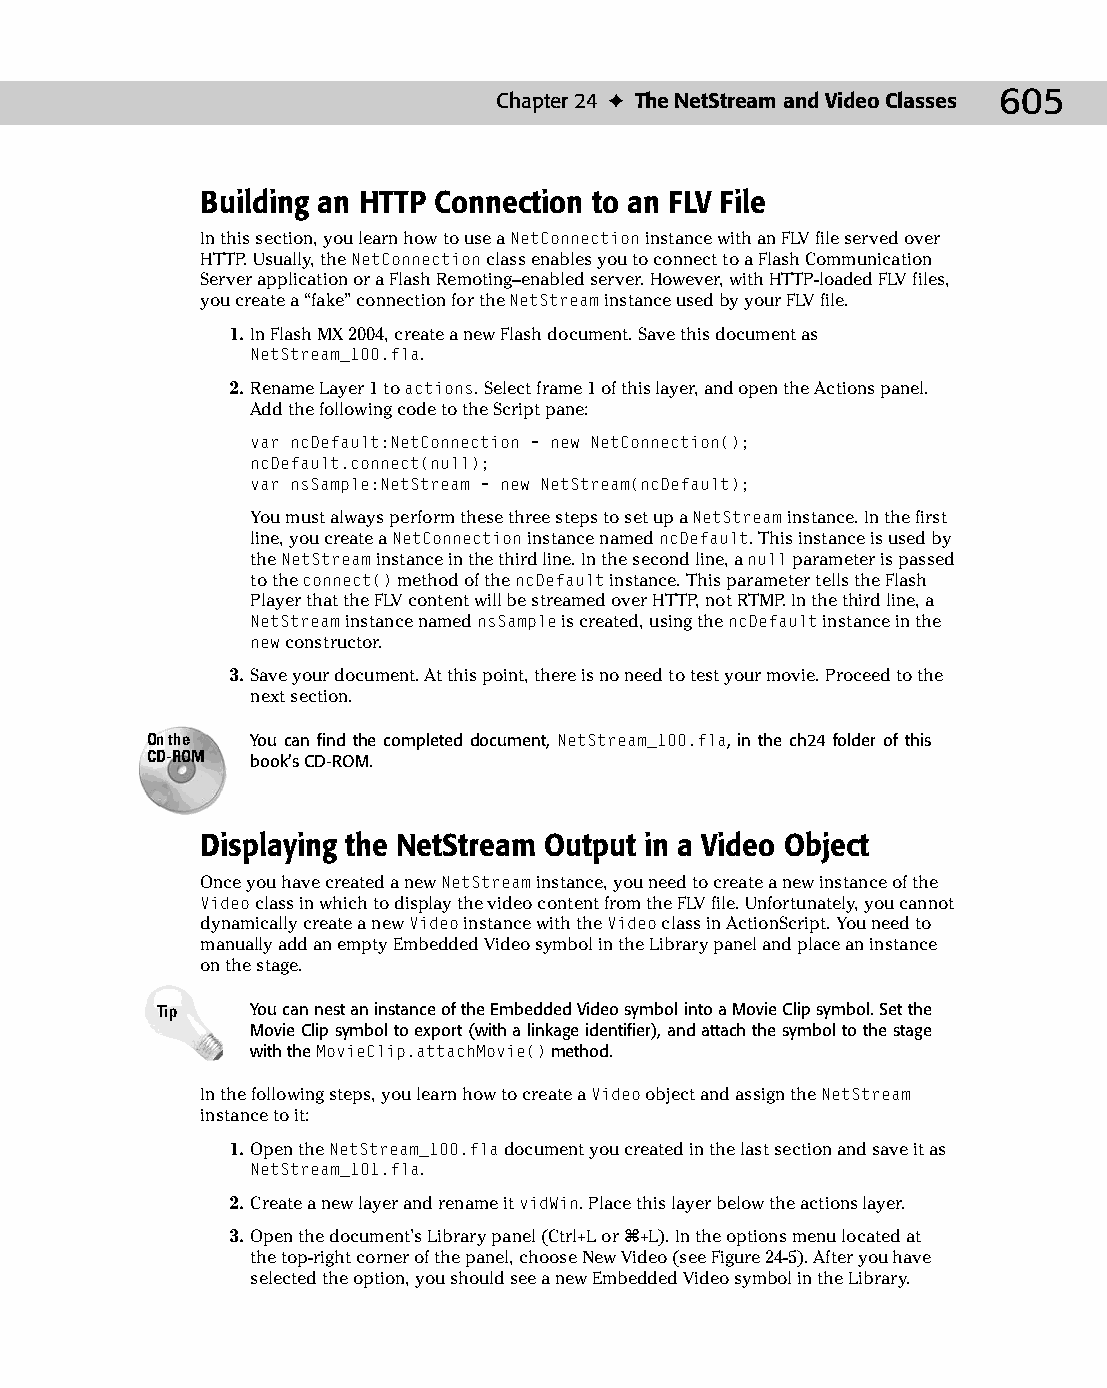
31 543547 ch24.qxd 3/24/04 4:09 PM Page 605
 Chapter 24 ✦ The NetStream and Video Classes 605
 Building an HTTP Connection to an FLV File
 In this section, you learn how to use a NetConnection instance with an FLV file served over
 HTTP. Usually, the NetConnection class enables you to connect to a Flash Communication
 Server application or a Flash Remoting–enabled server. However, with HTTP-loaded FLV files,
 you create a “fake” connection for the NetStream instance used by your FLV file.
 1. In Flash MX 2004, create a new Flash document. Save this document as
 NetStream_100.fla.
 2. Rename Layer 1 to actions. Select frame 1 of this layer, and open the Actions panel.
 Add the following code to the Script pane:
 var ncDefault:NetConnection = new NetConnection();
 ncDefault.connect(null);
 var nsSample:NetStream = new NetStream(ncDefault);
 You must always perform these three steps to set up a NetStream instance. In the first
 line, you create a NetConnection instance named ncDefault. This instance is used by
 the NetStream instance in the third line. In the second line, a null parameter is passed
 to the connect() method of the ncDefault instance. This parameter tells the Flash
 Player that the FLV content will be streamed over HTTP, not RTMP. In the third line, a
 NetStream instance named nsSample is created, using the ncDefault instance in the
 new constructor.
 3. Save your document. At this point, there is no need to test your movie. Proceed to the
 next section.
 On the You can find the completed document, NetStream_100.fla, in the ch24 folder of this
 CD-ROM book’s CD-ROM.
 Displaying the NetStream Output in a Video Object
 Once you have created a new NetStream instance, you need to create a new instance of the
 Video class in which to display the video content from the FLV file. Unfortunately, you cannot
 dynamically create a new Video instance with the Video class in ActionScript. You need to
 manually add an empty Embedded Video symbol in the Library panel and place an instance
 on the stage.
 Tip    You can nest an instance of the Embedded Video symbol into a Movie Clip symbol. Set the
 Movie Clip symbol to export (with a linkage identifier), and attach the symbol to the stage
 with the MovieClip.attachMovie() method.
 In the following steps, you learn how to create a Video object and assign the NetStream
 instance to it:
 1. Open the NetStream_100.fla document you created in the last section and save it as
 NetStream_101.fla.
 2. Create a new layer and rename it vidWin. Place this layer below the actions layer.
 3. Open the document’s Library panel (Ctrl+L or Ô+L). In the options menu located at
 the top-right corner of the panel, choose New Video (see Figure 24-5). After you have
 selected the option, you should see a new Embedded Video symbol in the Library.